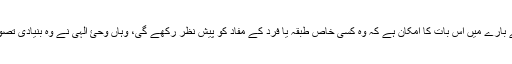
جہاں انسانی عقل کے بارے میں اس بات کا امکان ہے کہ وہ کسی خاص طبقہ یا فرد کے مفاد کو پیش نظر رکھے گی، وہاں وحئ الٰہی نے وہ بنیادی تصورات فراہم کر دیئے۔